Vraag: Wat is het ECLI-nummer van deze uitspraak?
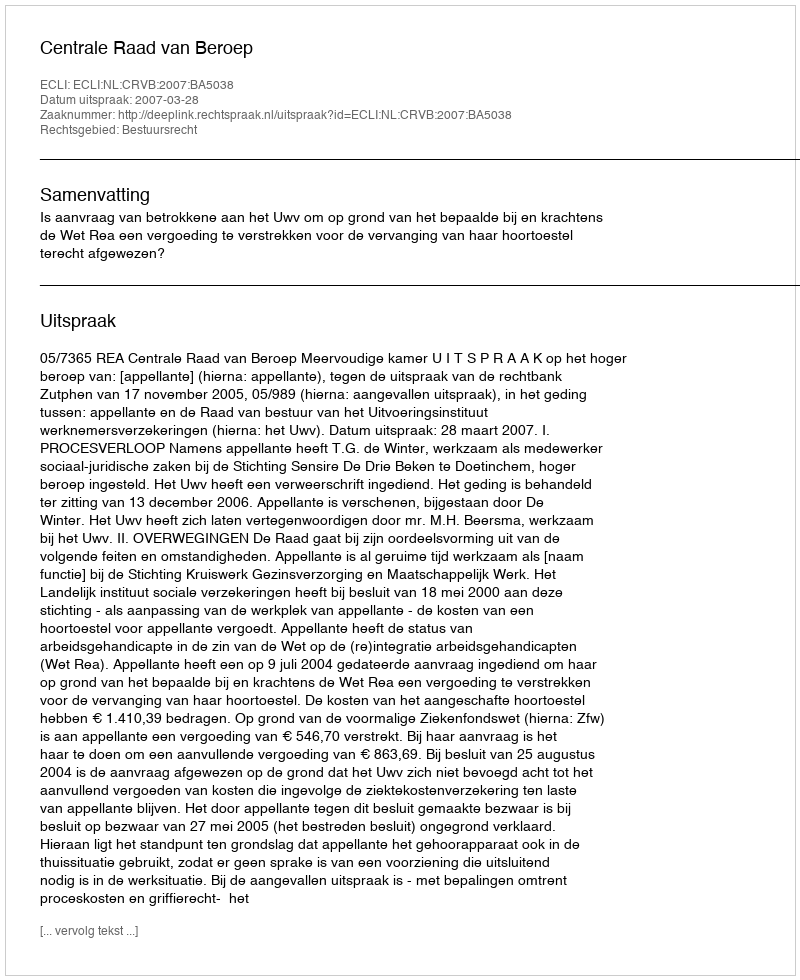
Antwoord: ECLI:NL:CRVB:2007:BA5038